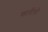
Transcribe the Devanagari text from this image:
कार्मेलो